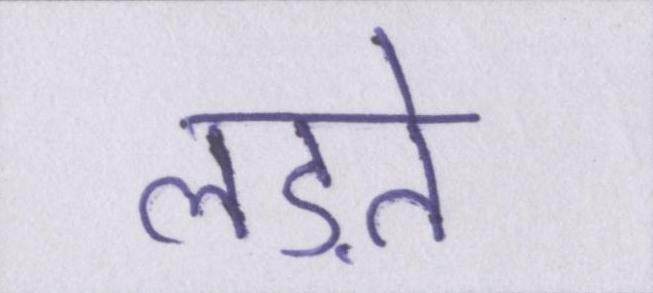
लड़ते